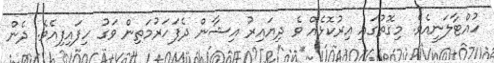
ހުއްޓާލަނީއެވެ. މިގޮތުގައި އިރުކޮޅެއް ވެ ދިޔައިރު އިޝާން ދެފަހަރުމަތިން ވަގު ހިފައިފިއެވެ. ދެން